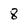
Character: 8